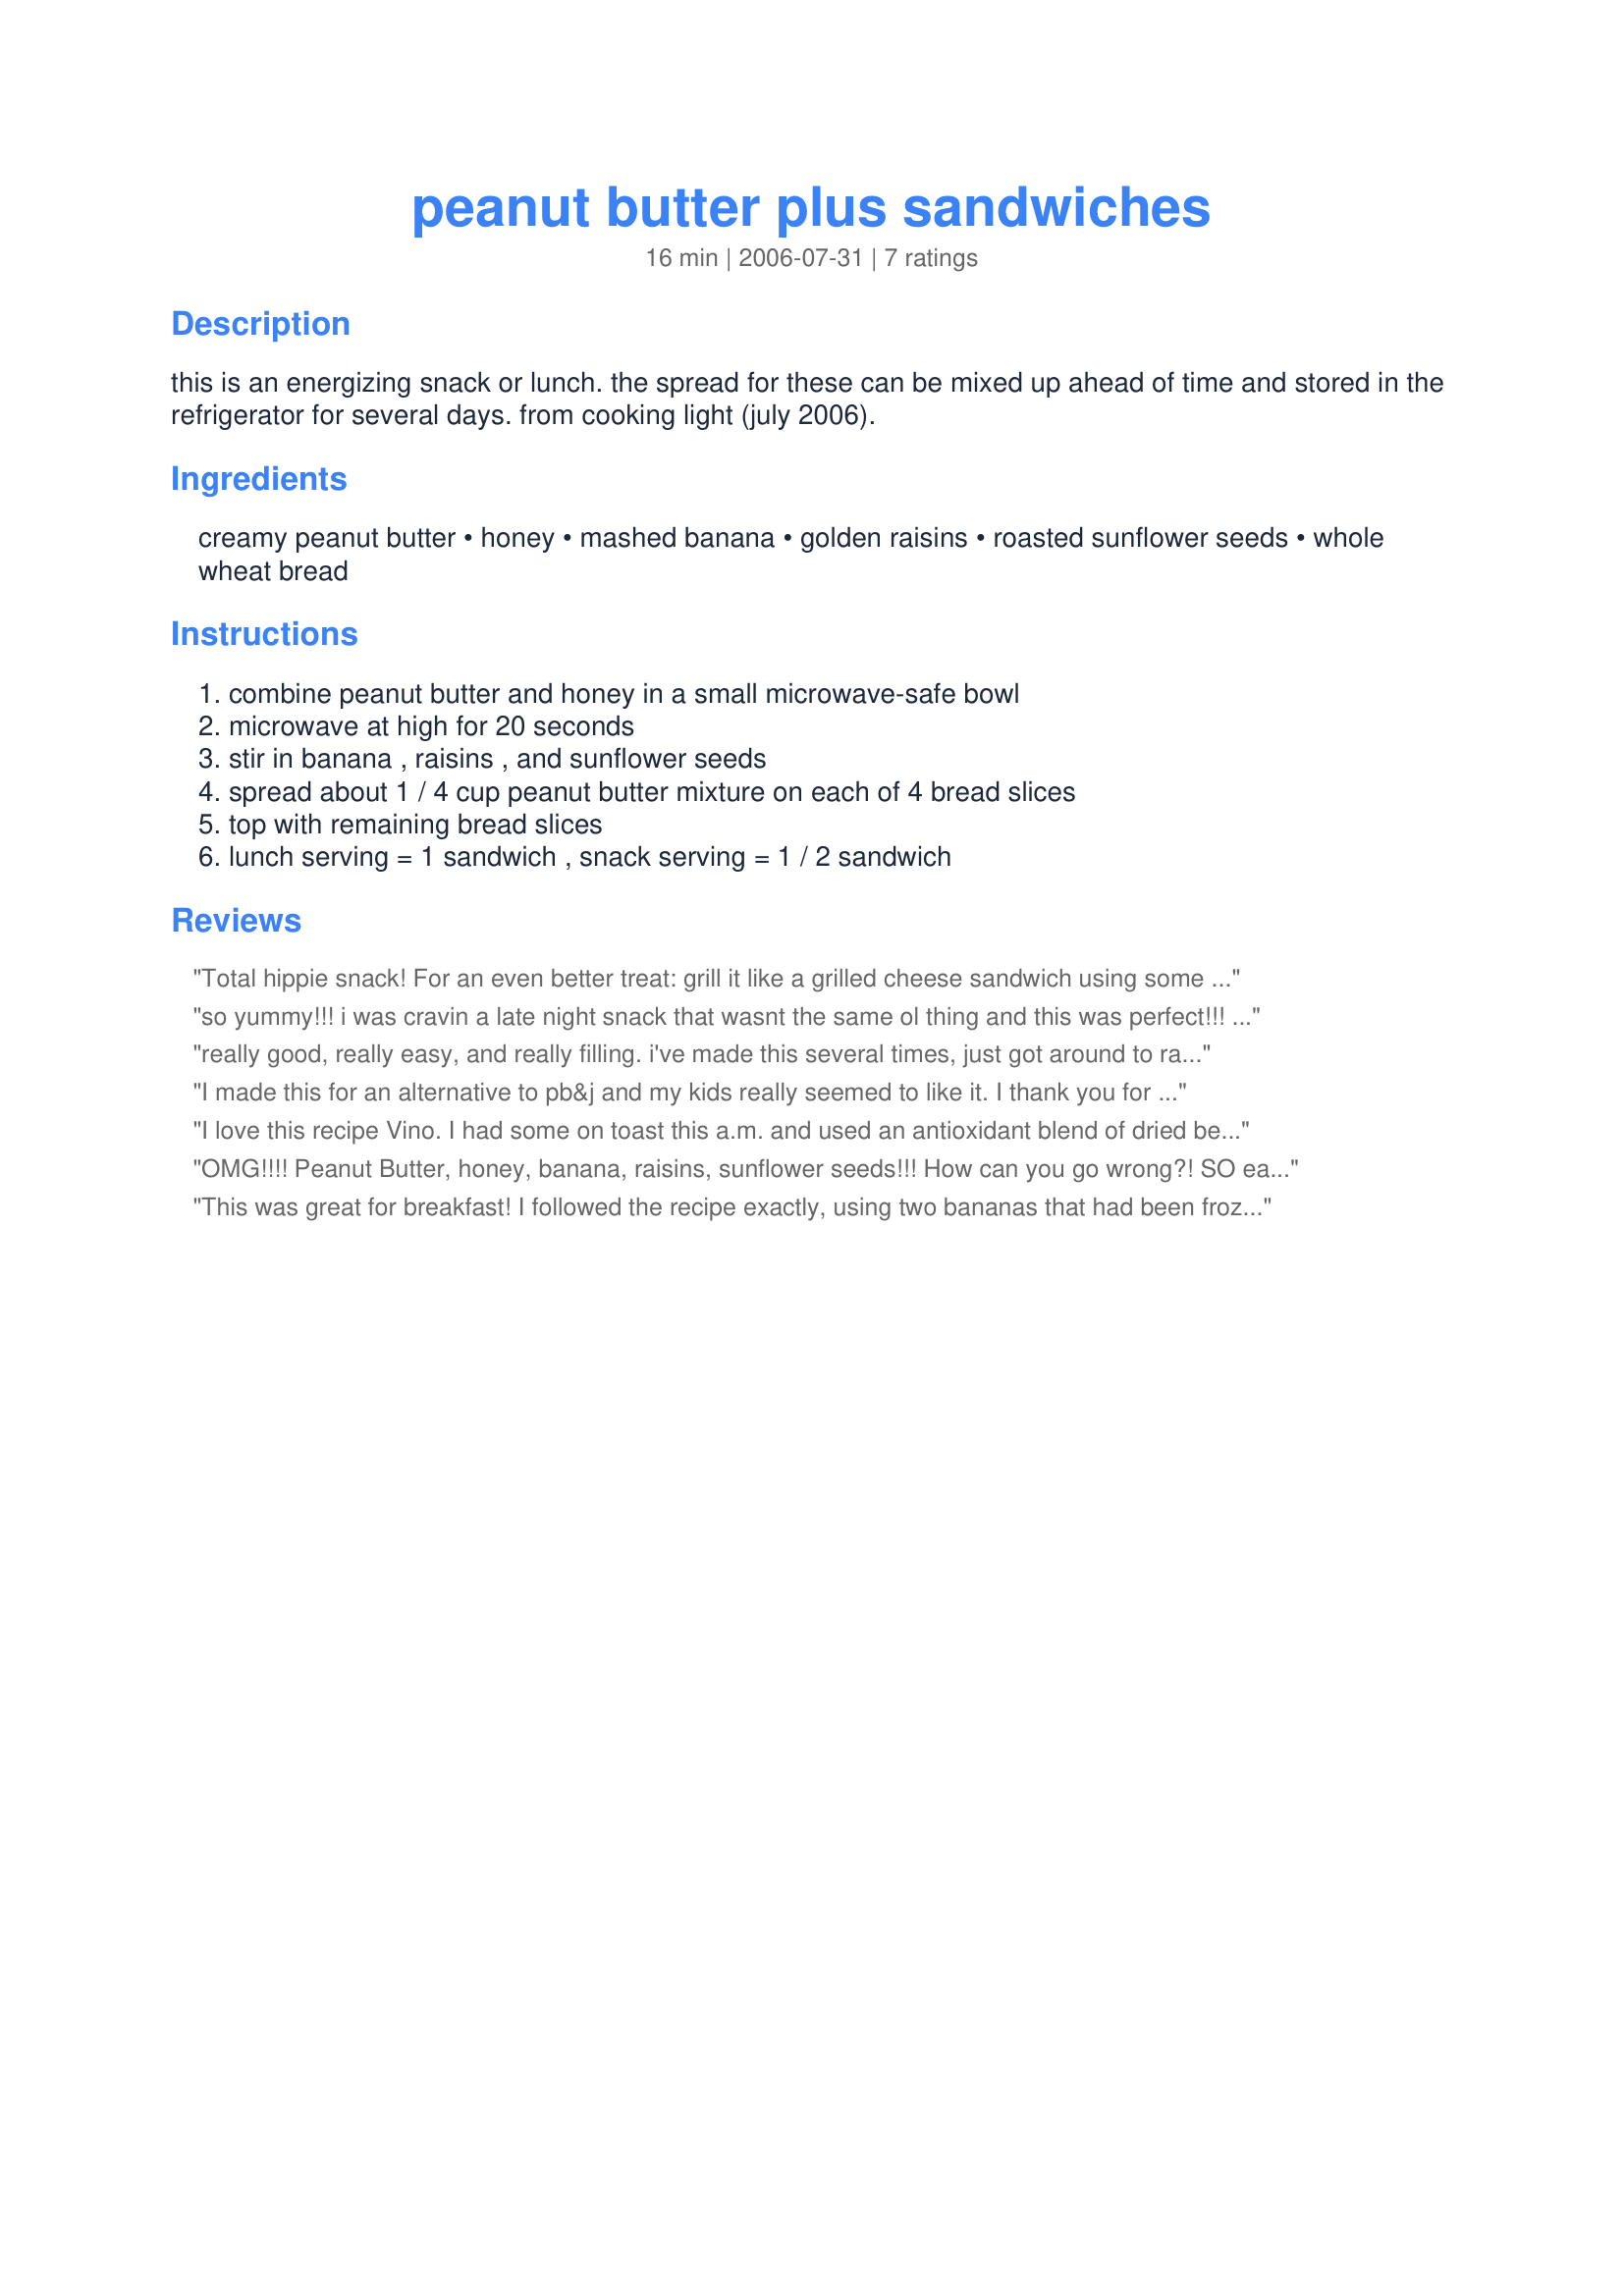
peanut butter plus sandwiches
Preparation time: 16 minutes

this is an energizing snack or lunch. the spread for these can be mixed up ahead of time and stored in the refrigerator for several days. from cooking light (july 2006).

Ingredients:
creamy peanut butter, honey, mashed banana, golden raisins, roasted sunflower seeds, whole wheat bread

Steps:
combine peanut butter and honey in a small microwave-safe bowl
microwave at high for 20 seconds
stir in banana , raisins , and sunflower seeds
spread about 1 / 4 cup peanut butter mixture on each of 4 bread slices
top with remaining bread slices
lunch serving = 1 sandwich , snack serving = 1 / 2 sandwich

Reviews:
Total hippie snack! For an even better treat: grill it like a grilled cheese sandwich using some cooking spray. Melty gooey pb with honey and banana .... sighhhh! Foodgasm! Thanks for posting. I have done every combo of "pb & ...." but had never thought of sunflower seeds!
so yummy!!! i was cravin a late night snack that wasnt the same ol thing and this was perfect!!! thanks!!!
really good, really easy, and really filling. i've made this several times, just got around to rating it. i make this with dried cranberries. mmm.
I made this for an alternative to pb&j and my kids really seemed to like it. I thank you for a healthy alternative to the same old lunch for my kids.
I love this recipe Vino. I had some on toast this a.m. and used an antioxidant blend of dried berries from Sunsweet in replacement of the raisins. This is such a versatile recipe that you could virtually add any type of nut or sliced fruit too. I love the honey/p.b. conbination. I am hosting TOTM and it's Breakfasts on the Go. This fits the bill perfectly. Thanks for a lovely recipe.!
OMG!!!! Peanut Butter, honey, banana, raisins, sunflower seeds!!! How can you go wrong?! SO easy to make and tastes AMAZING!!! Absolutely LOVED it. Didn't change a thing! The raisins, banana and honey gave it PLENTY of sweetness and the sunflower seeds gave it a little bit of crunch. Thank you Vino, this recipe has become a standard in my house.
This was great for breakfast! I followed the recipe exactly, using two bananas that had been frozen when overripe, so sweet and gooey when defrosted overnight. The golden raisins and honey together are fantastic-I'll probably add more next time and omit the sunflower seeds.
